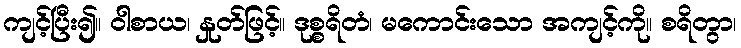
ကျင့်ပြီး၍။ ဝါစာယ၊ နှုတ်ဖြင့်။ ဒုစ္စရိတံ၊ မကောင်းသော အကျင့်ကို။ စရိတွာ၊